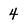
Character: 4